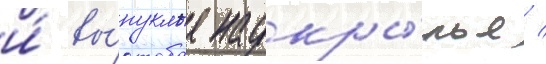
и́ вы́пуклые надкры́лья /